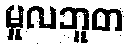
မူလဘူတ